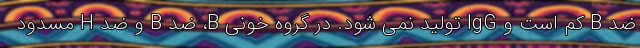
ضد B کم است و IgG تولید نمی شود. در گروه خونی B، ضد B و ضد H مسدود